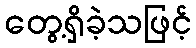
တွေ့ရှိခဲ့သဖြင့်